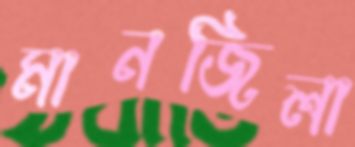
মানজিলা